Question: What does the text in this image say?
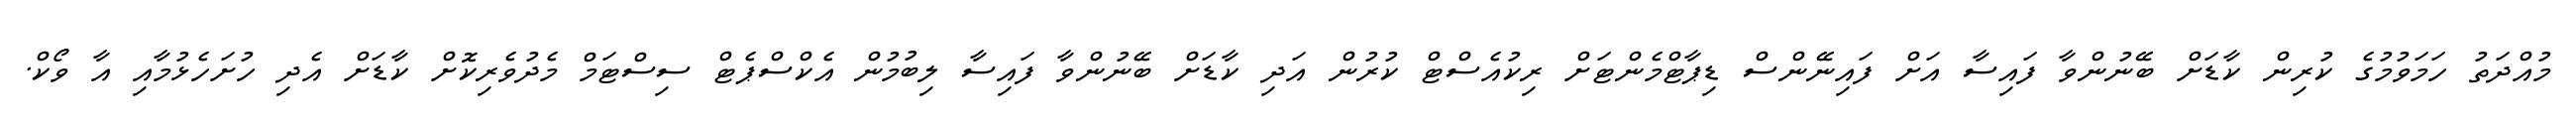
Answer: މުއްދަތު ހަމަވުމުގެ ކުރިން ކާޑަށް ބޭނުންވާ ފައިސާ އަށް ފައިނޭންސް ޑިޕާޓްމެންޓަށް ރިކުއެސްޓް ކުރުން އަދި ކާޑަށް ބޭނުންވާ ފައިސާ ލިބުމުން އެކްސްޕެޓް ސިސްޓަމް މެދުވެރިކޮށް ކާޑަށް އެދި ހުށަހެޅުމާއި އާ ވޯކް.